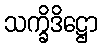
သက္ခိဒိဋ္ဌော